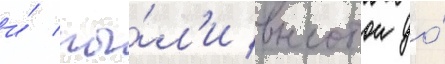
и́ пы́л'и высотои до́